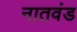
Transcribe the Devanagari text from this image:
नातवंड